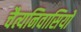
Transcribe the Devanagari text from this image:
चैत्यनिवासियों